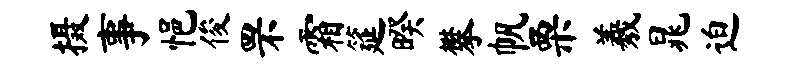
摄事悒俊罘霜筵暌攀帆栗羲晁迫